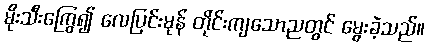
မိုးသီးကြွေ၍ လေပြင်းမုန် တိုင်းကျသောညတွင် မွေးခဲ့သည်။